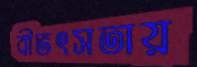
বীভৎসতায়